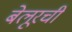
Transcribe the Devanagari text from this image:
बेलूरची